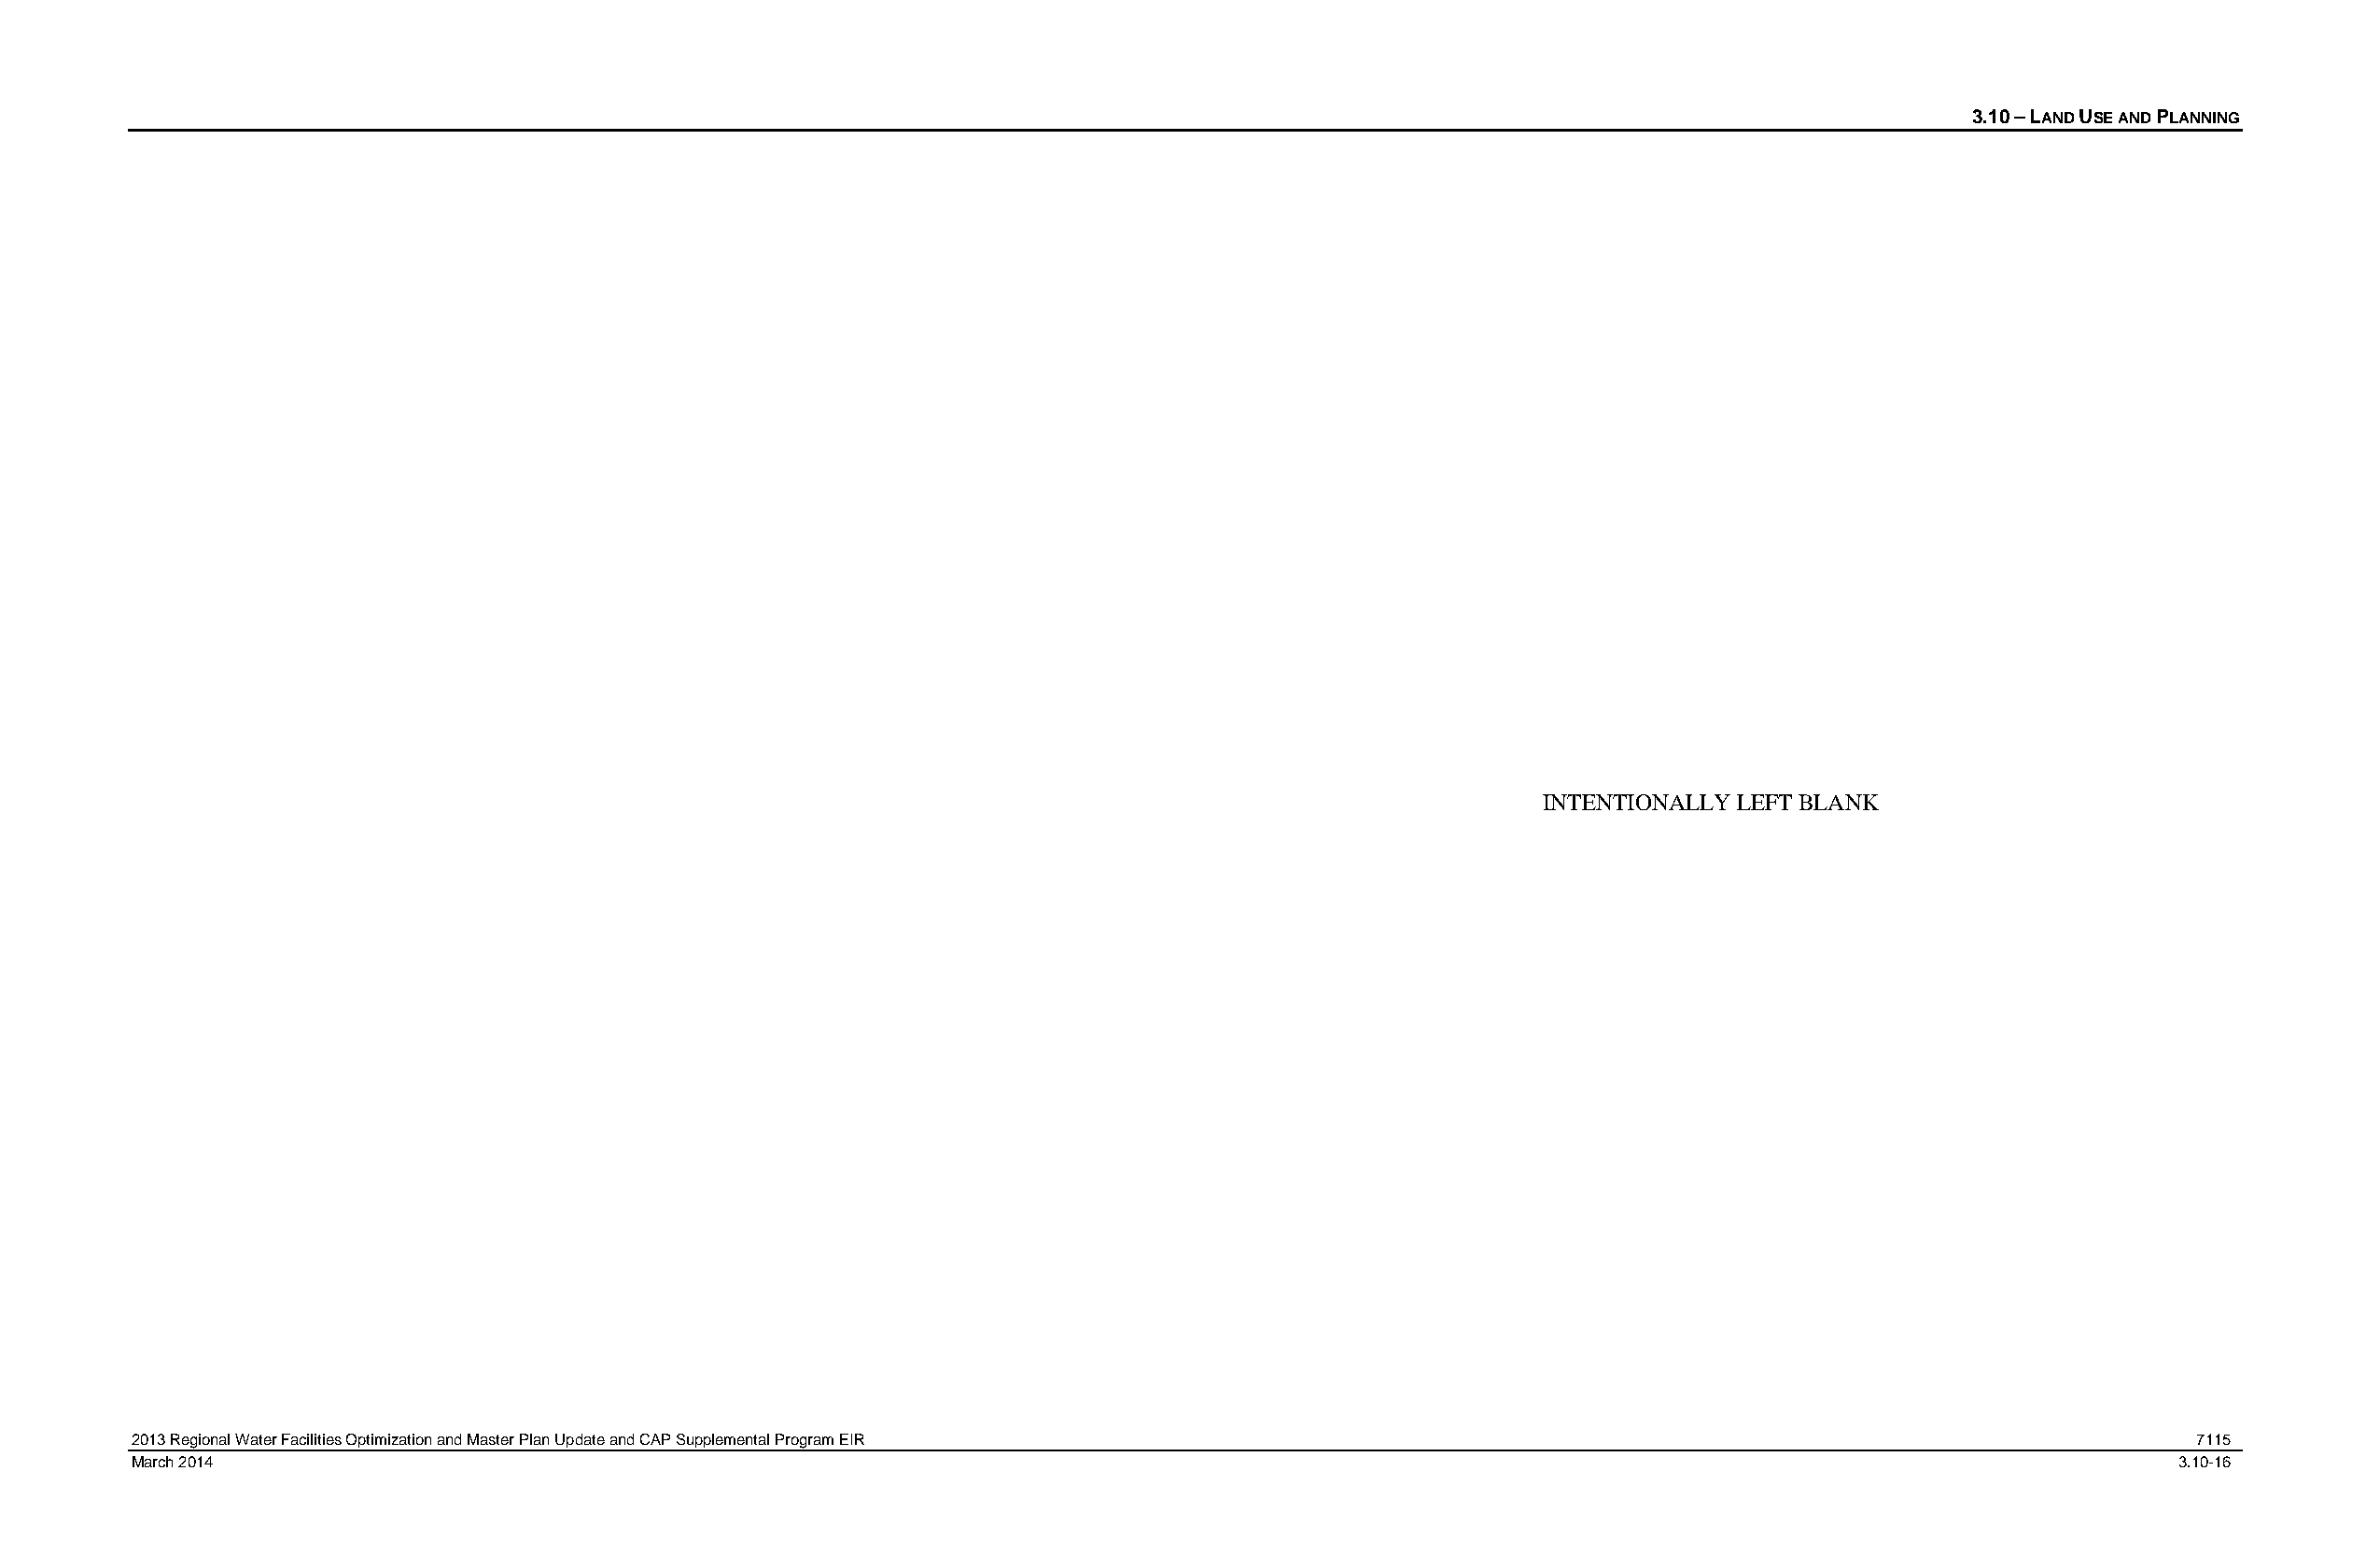
3.10 – LAND USE AND PLANNING
 INTENTIONALLY LEFT BLANK
 2013 Regional Water Facilities Optimization and Master Plan Update and CAP Supplemental Program EIR                                                7115
 March 2014                                                                                                                                        3.10-16